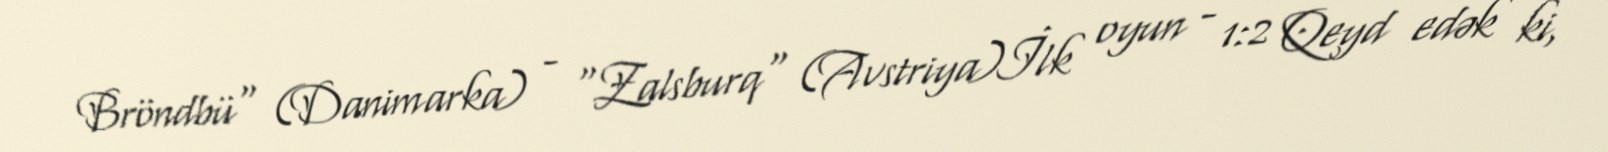
Bröndbü" (Danimarka) - "Zalsburq" (Avstriya)İlk oyun - 1:2 Qeyd edək ki,